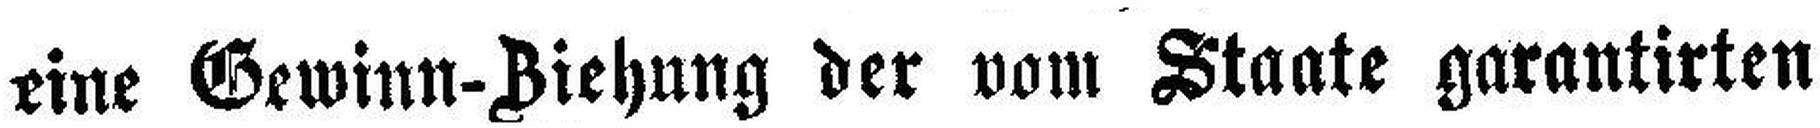
eine Gewinn-Ziehung der vom Staate garantirten